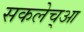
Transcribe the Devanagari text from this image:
सकलेच्आ